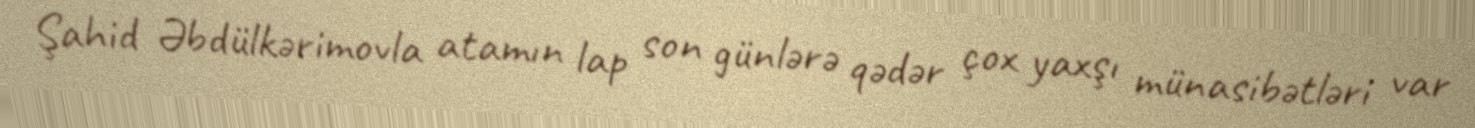
Şahid Əbdülkərimovla atamın lap son günlərə qədər çox yaxşı münasibətləri var